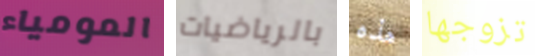
المومياء بالرياضيات هذه تزوجها